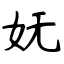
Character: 妩